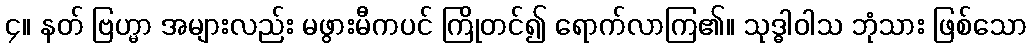
၄။ နတ် ဗြဟ္မာ အများလည်း မဖွားမီကပင် ကြိုတင်၍ ရောက်လာကြ၏။ သုဒ္ဓါဝါသ ဘုံသား ဖြစ်သော